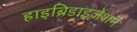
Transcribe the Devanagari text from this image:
हाइब्रिडाइजेशन